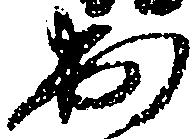
出